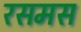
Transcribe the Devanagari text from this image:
रसमस